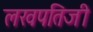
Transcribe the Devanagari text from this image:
लखपतिजी